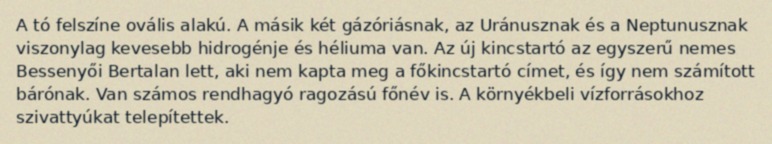
A tó felszíne ovális alakú. A másik két gázóriásnak, az Uránusznak és a Neptunusznak viszonylag kevesebb hidrogénje és héliuma van. Az új kincstartó az egyszerű nemes Bessenyői Bertalan lett, aki nem kapta meg a főkincstartó címet, és így nem számított bárónak. Van számos rendhagyó ragozású főnév is. A környékbeli vízforrásokhoz szivattyúkat telepítettek.